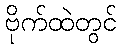
ဗိုက်ထဲတွင်